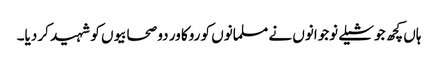
ہاں کچھ جوشیلے نوجوانوں نے مسلمانوں کو روکا ور دو صحابیوں کو شہید کر دیا۔